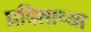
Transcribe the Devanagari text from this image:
प्रदिशाच्या